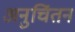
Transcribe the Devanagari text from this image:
अनुचिंतन